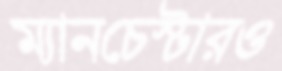
ম্যানচেস্টারও